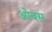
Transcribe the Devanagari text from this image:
ओबस